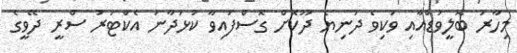
މިހާރު ބޮލީވުޑްއާއި ވަކިވެ ދުނިޔެ ދޫކޮށް ގޮސްފައިވާ ކުޅަދާނަ އެކްޓަރު ސްރީ ދޭވީގެ